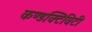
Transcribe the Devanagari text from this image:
कण्डक्टिविटी